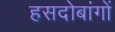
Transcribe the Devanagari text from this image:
हसदोबांगों